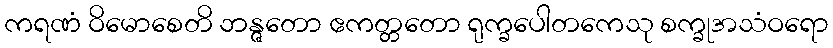
ကရဏံ ဝိမောစေတိ ဘန္ဇတော ဧကတ္တတော ရုက္ခပေါတကေသု စက္ခုအသံဝရော